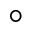
^ { \circ }